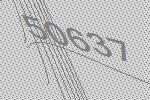
50637